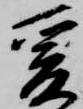
爰